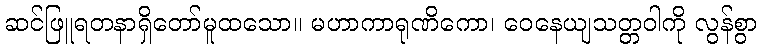
ဆင်ဖြူရတနာရှိတော်မူထသော။ မဟာကာရုဏိကော၊ ဝေနေယျသတ္တဝါကို လွန်စွာ